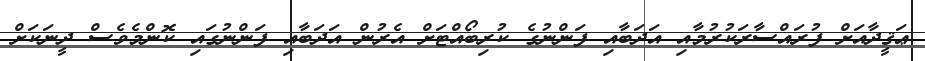
ޢަޤީދާއަށް ފުރައްސާރަކުރުމާއި އަދަބާއި ފަންނުގެ ކުރިބޯއްޓަށް އެރުން އަދަބާއި ފަންނުގައި ކޮންމެވެސް ދީނަކަށް